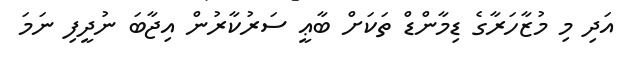
އަދި މި މުޒާހަރާގެ ޑިމާންޑް ތަކަށް ބާޢީ ސަރުކާރުން އިޖާބަ ނުދީފި ނަމަ